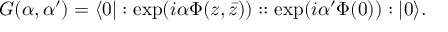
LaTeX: G ( \alpha , \alpha ^ { \prime } ) = \langle 0 | : \exp ( i \alpha \Phi ( z , \bar { z } ) ) : : \exp ( i \alpha ^ { \prime } \Phi ( 0 ) ) : | 0 \rangle .